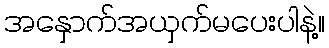
အနှောက်အယှက်မပေးပါနဲ့။